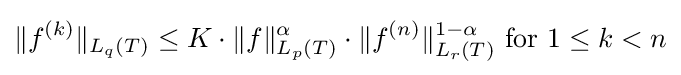
\|f^{(k)}\|_{L_{q}(T)}\leq K\cdot {\|f\|_{L_{p}(T)}^{\alpha }}\cdot {\|f^{(n)}\|_{L_{r}(T)}^{1-\alpha }}{\text{ for }}1\leq k<n